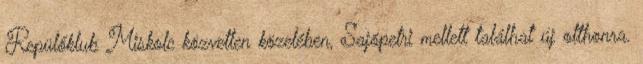
Repülőklub Miskolc közvetlen közelében, Sajópetri mellett találhat új otthonra.